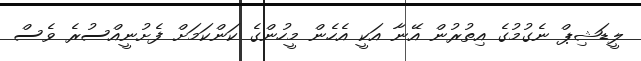
ލީޑަޝިޕް ނެގުމުގެ އިތުރުން އޭނާ އަކީ އެހެން މީހުންގެ ކަންކަމަށް ފެށުނީއްސުރެ ވެސް